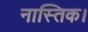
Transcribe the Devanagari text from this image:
नास्तिक।